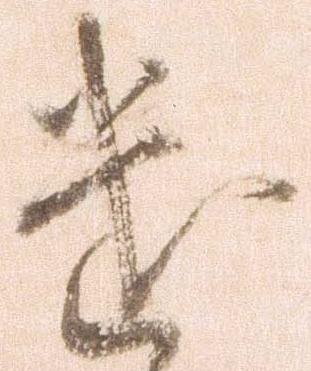
遣